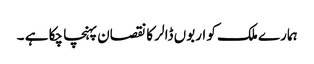
ہمارے ملک کو اربوں ڈالر کا نقصان پہنچا چکا ہے ۔